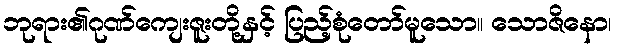
ဘုရား၏ဂုဏ်ကျေးဇူးတို့နှင့် ပြည့်စုံတော်မူသော။ သောဇိနော၊